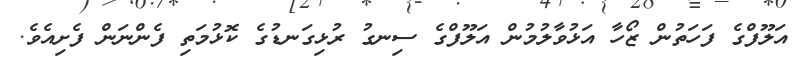
އަލޫފްގެ ފަހަތުން ޒޯހާ އަޅުވާލުމުން އަލޫފްގެ ސިނގު ރުޅިގަނޑުގެ ކޮޅުމަތި ފެންނަން ފެށިއެވެ.